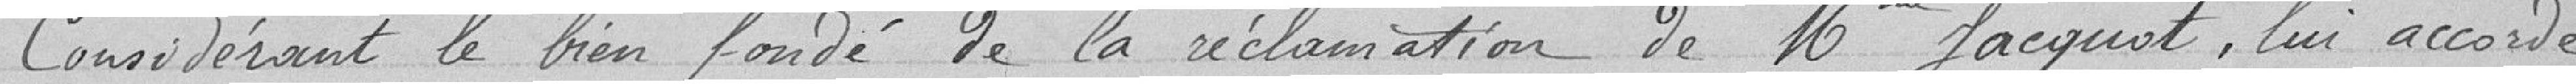
Considérant le bien fondé de la réclamation de Mr Jacquot, lui accorde